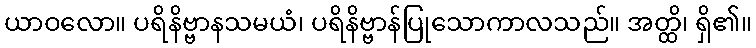
ယာဝလော။ ပရိနိဗ္ဗာနသမယံ၊ ပရိနိဗ္ဗာန်ပြုသောကာလသည်။ အတ္ထိ၊ ရှိ၏။